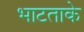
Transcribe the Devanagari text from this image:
भाटताके